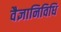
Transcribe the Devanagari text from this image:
वैज्ञानिविधि